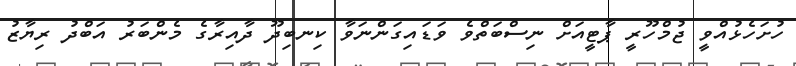
ހުށަހެޅުއްވީ ޖުމްހޫރީ ޕާޓީއަށް ނިސްބަތްވެ ވަޑައިގަންނަވާ ކިނބިދޫ ދާއިރާގެ މެންބަރު އަބްދު ރިޔާޒު